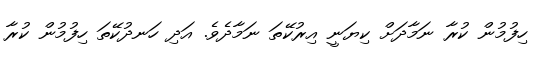
ހިފުމުން ކުރާ ނަމާދަށް ކިޔަނީ އިރުކޭތަ ނަމާދެވެ. އަދި ހަނދުކޭތަ ހިފުމުން ކުރާ